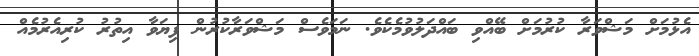
އެޅުމަށް މަޝްވަރާ ކުރުމަށް ބޭއްވި ބައްދަލުވުމެކެވެ. ނަމަވެސް މަޝްވަރާކުރުން ފިޔަވާ އިތުރު ކުރިއެރުމެއް